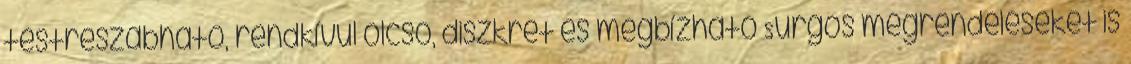
testreszabható, rendkívül olcsó, diszkrét és megbízható Sürgős megrendeléseket is